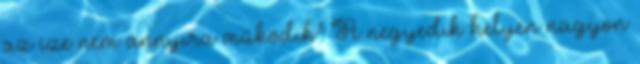
az íze nem annyira működik" A negyedik helyen nagyon